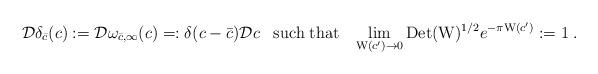
LaTeX: \begin{align*}\mathcal{D}\delta_{\bar{c}}(c):=\mathcal{D}\omega_{\bar{c},\infty}(c)=:\delta(c-\bar{c})\mathcal{D}c\;\;\;\mathrm{such\;that}\;\;\;\lim_{\mathrm{W}(c')\rightarrow 0}\mathrm{Det}(\mathrm{W})^{1/2}e^{-\pi\mathrm{W}(c')}:=1\;.\end{align*}